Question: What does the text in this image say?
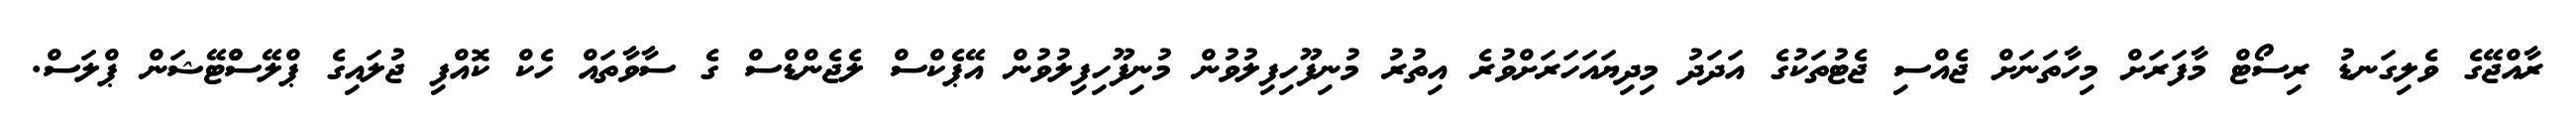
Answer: ރާއްޖޭގެ ވެލިގަނޑު ރިސޯޓް މާފަރަށް މިހާތަނަށް ޖެއްސި ޖެޓުތަކުގެ އަދަދު މިދިޔައަހަރަށްވުރެ އިތުރު މުނިފޫހިފިލުވުން މުނިފޫހިފިލުވުން އޭޕެކްސް ލެޖެންޑްސް ގެ ސާވާތައް ހެކް ކޮއްފި ޖުލައިގެ ޕްލޭސްްޓޭޝަން ޕްލަސް.